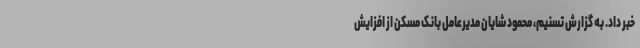
خبر داد. به گزارش تسنیم، محمود شایان مدیرعامل بانک مسکن از افزایش